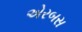
એરબસ